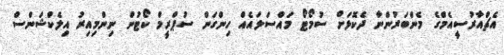
އެޗްއާރުސީއެމްގެ މެންބަރުންނާ ދެކޮޅަށް ސުމޯޓޯ މައްސަލައެއް ހިންގަން ސުޕްރީމް ކޯޓުން ނިންމިއިރު އިލެކްޝަންސް